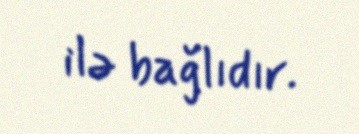
ilə bağlıdır.